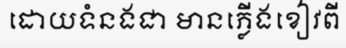
ដោយទំនងជា មានភ្លើងខៀវពី